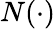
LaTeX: N(\cdot)